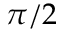
\pi / 2